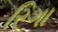
રિગા